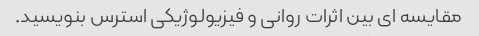
مقایسه ای بین اثرات روانی و فیزیولوژیکی استرس بنویسید.